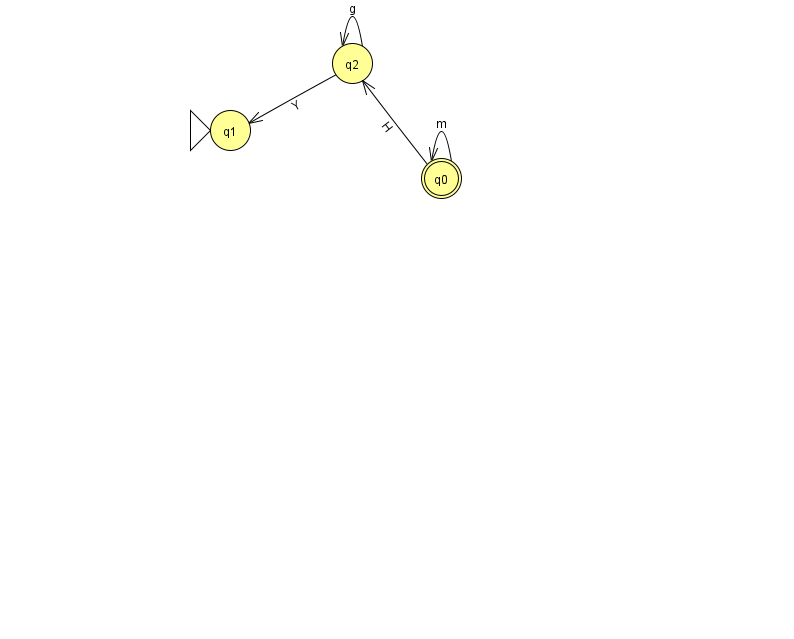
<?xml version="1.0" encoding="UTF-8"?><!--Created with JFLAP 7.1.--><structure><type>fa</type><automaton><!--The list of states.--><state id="0" name="q0"><x>441.0</x><y>165.0</y><final/></state><state id="1" name="q1"><x>230.0</x><y>117.0</y><initial/></state><state id="2" name="q2"><x>352.0</x><y>50.0</y></state><!--The list of transitions.--><transition><from>0</from><to>2</to><read>H</read></transition><transition><from>2</from><to>2</to><read>g</read></transition><transition><from>2</from><to>1</to><read>Y</read></transition><transition><from>0</from><to>0</to><read>m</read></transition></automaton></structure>